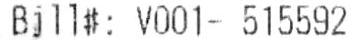
BILL#: V001- 515592